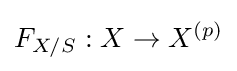
F_{X/S}:X\to X^{(p)}